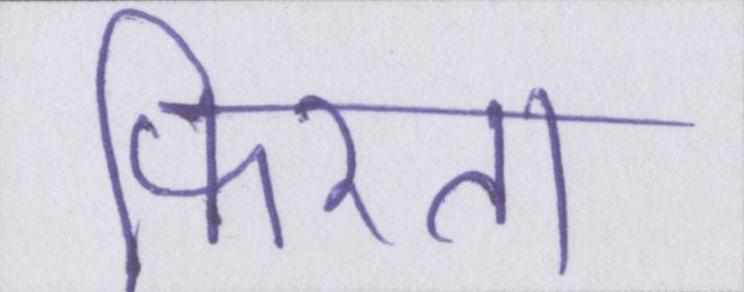
फिरता